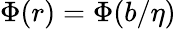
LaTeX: \Phi(r)=\Phi(b/\eta)